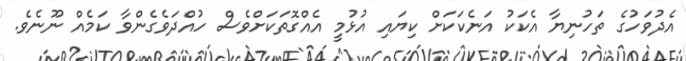
އެދުވަހުގެ ތަހުނިޔާ އެކަކު އަނެކަކަށް ކިޔައި އުޅުމީ އެއްގޮތަކަށްވެސް ހުއްދަވެގެންވާ ކަމެއް ނޫނެވެ.